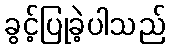
ခွင့်ပြုခဲ့ပါသည်